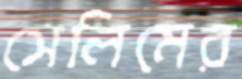
সেলিমের